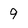
Character: 9